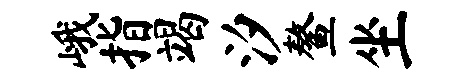
峨指竭汐鳌坐